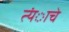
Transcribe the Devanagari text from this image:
त्यंाचे